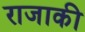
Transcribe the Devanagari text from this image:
राजाकी